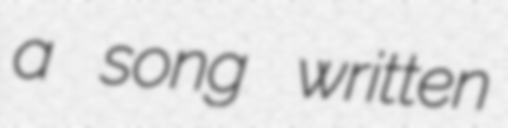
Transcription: a song written